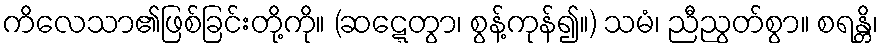
ကိလေသာ၏ဖြစ်ခြင်းတို့ကို။ (ဆဋ္ဋေတွာ၊ စွန့်ကုန်၍။) သမံ၊ ညီညွတ်စွာ။ စရန္တိ၊